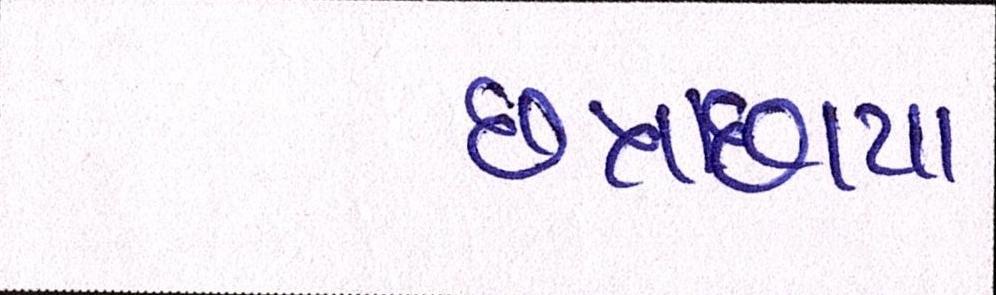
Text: છત્રાછાયા